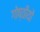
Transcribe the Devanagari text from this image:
गोष्ठींयों